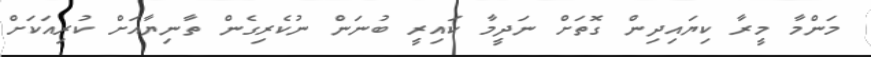
މަންމާ މީރާ ކިޔައިދިން ގޮތަށް ނަދީމާ ކައިރީ ބުނަން ނުކެރިގެން ތާނިޔާއަށް ކުރިއަކަށް